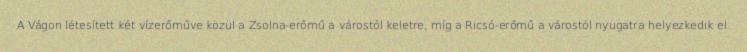
A Vágon létesített két vízerőműve közül a Zsolna-erőmű a várostól keletre, míg a Ricsó-erőmű a várostól nyugatra helyezkedik el.